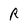
Character: R